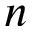
n